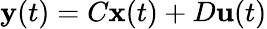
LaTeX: \mathbf{y}(t)=C\mathbf{x}(t)+D\mathbf{u}(t)